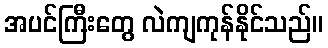
အပင်ကြီးတွေ လဲကျကုန်နိုင်သည်။